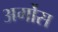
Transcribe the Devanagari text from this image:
अर्गोस